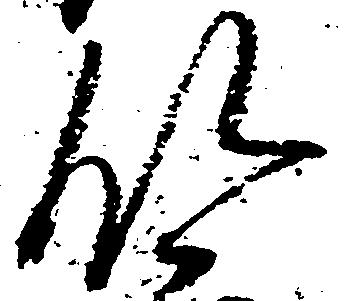
領